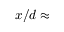
x / d \approx